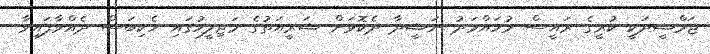
ޖަމްޝީދަކީ ކުރީގެ ރައީސް މުހައްމަދު ނަޝީދާ ދެކޮޅަށް ޝަރީއަތުގެ މަޖިލީހުގައި ހެކިބަސް ދެއްވާފައިވާ